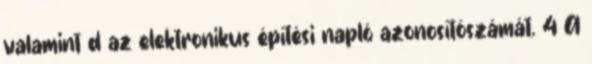
valamint d az elektronikus építési napló azonosítószámát. 4 A